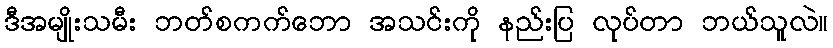
ဒီအမျိုးသမီး ဘတ်စကက်ဘော အသင်းကို နည်းပြ လုပ်တာ ဘယ်သူလဲ။